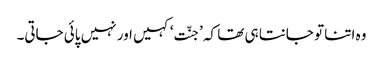
وہ اتنا تو جانتا ہی تھا کہ ’جنّت‘ کہیں اور نہیں پائی جاتی۔